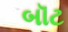
બૉટ